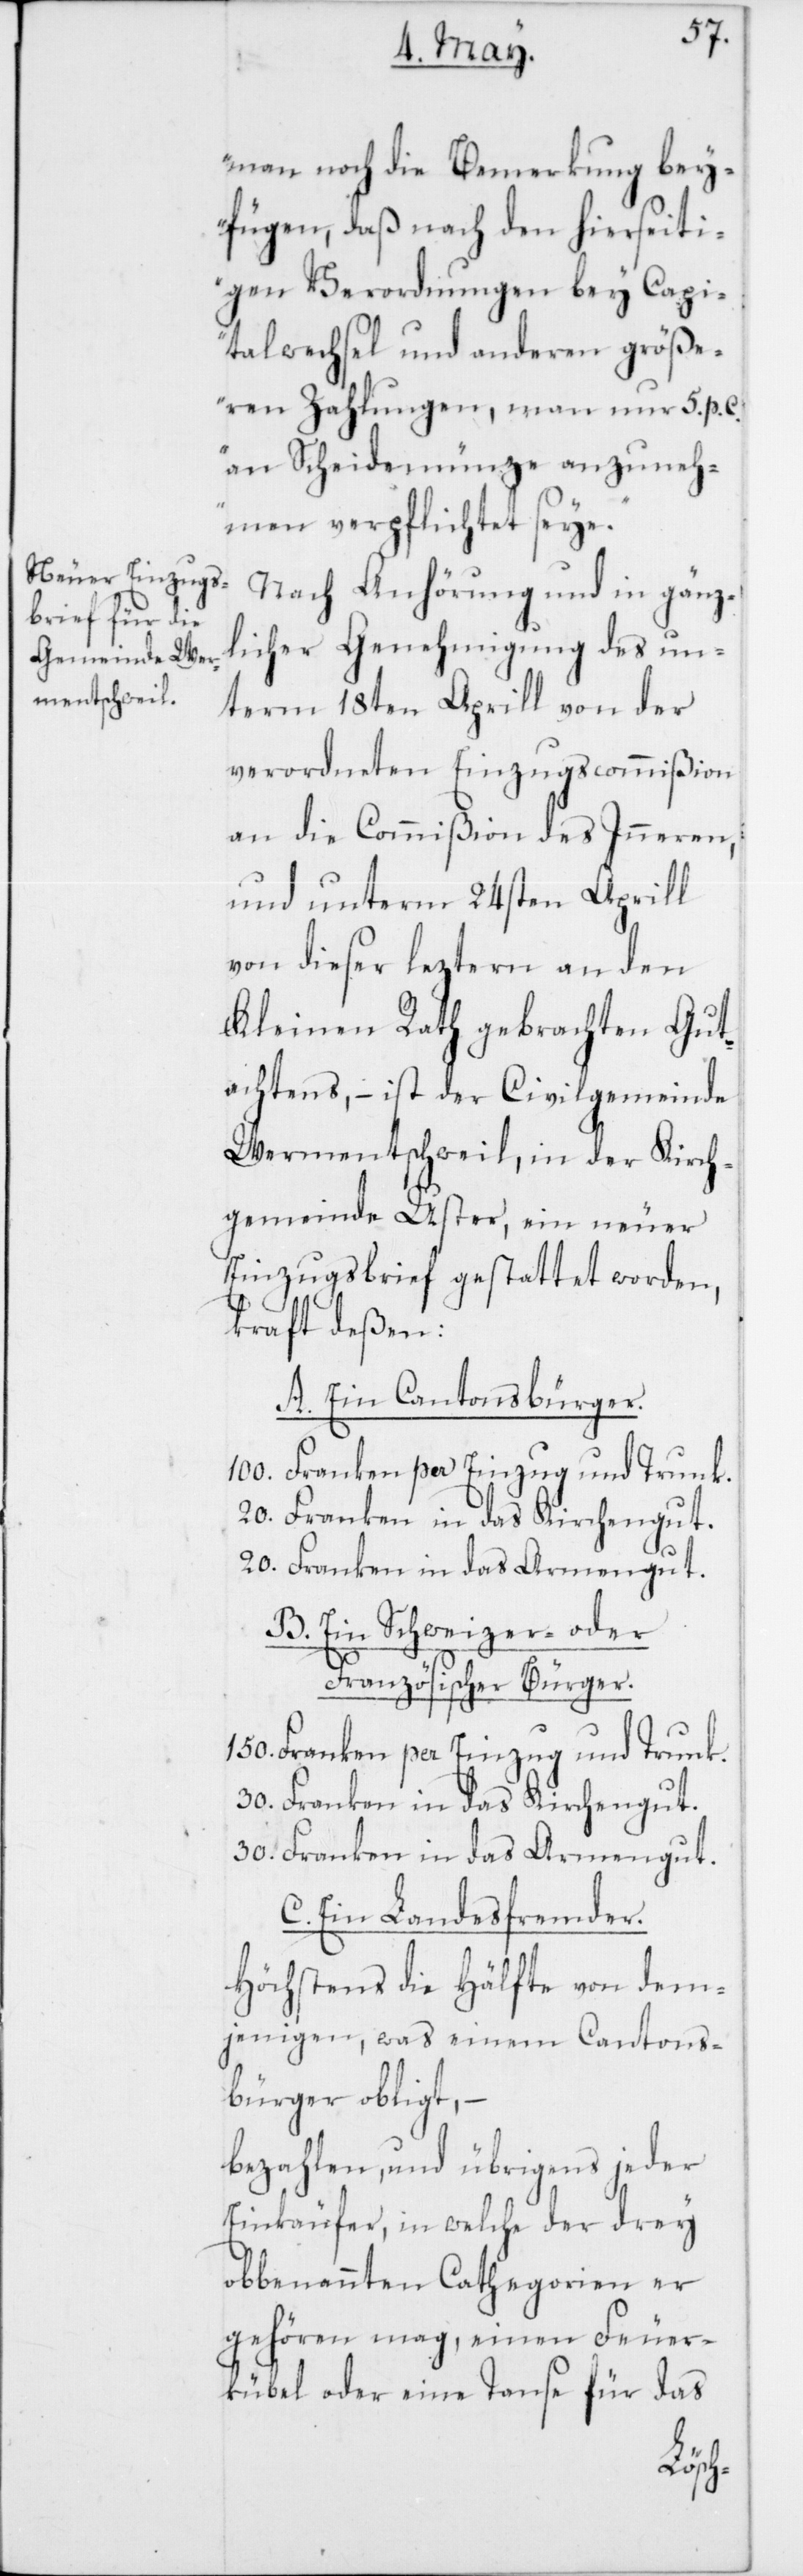
man noch die Bemerkung bey¬
fügen, daß nach den hierseiti¬
gen Verordnungen bey Capi¬
talwechsel und anderen größe¬
ren Zahlungen, man nur 5. p. c.
an Scheidemünze anzuneh¬
men verpflichtet seye.“
Nach Anhörung und in gänz¬
licher Genehmigung des un¬
term 18ten Aprill von der
verordneten Einzugscommißion
an die Commißion des Inneren,
und unterm 24sten Aprill
von dieser leztern an den
Kleinen Rath gebrachten Gut¬
achtens, – ist der Civilgemeinde
Wermentschweil, in der Kirch¬
gemeinde Uster, ein neuer
Einzugsbrief gestattet worden,
kraft deßen:
A. Ein Cantonsbürger.
100. Franken per Einzug und Trunk.
20. Franken in das Kirchengut.
20. Franken in das Armengut.
B. Ein Schweizer- oder
Französischer Bürger.
150. Franken per Einzug und Trunk.
30. Franken in das Kirchengut.
30. Franken in das Armengut.
C. Ein Landesfremder.
Höchstens die Hälfte von dem¬
jenigen, was einem Cantons¬
bürger obligt, –
bezahlen, und übrigens jeder
Einkäufer, in welche der drey
obbenannten Cathegorien er
gehören mag, einen Feuer¬
kübel oder eine Tanse für das